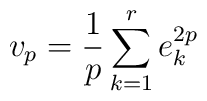
v_p = \frac{1}{p} \sum_{k=1}^r e_k^{2p}